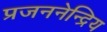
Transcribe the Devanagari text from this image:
प्रजननेन्द्रिय